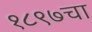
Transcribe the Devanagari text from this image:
१८९७चा